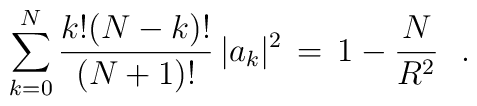
\sum_{k=0} ^{N} \frac{k!(N-k)!}{(N+1)!}\, |a_k|^2\, =\, 1-\frac{N}{R^2} \ \ .